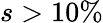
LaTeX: s>10\%